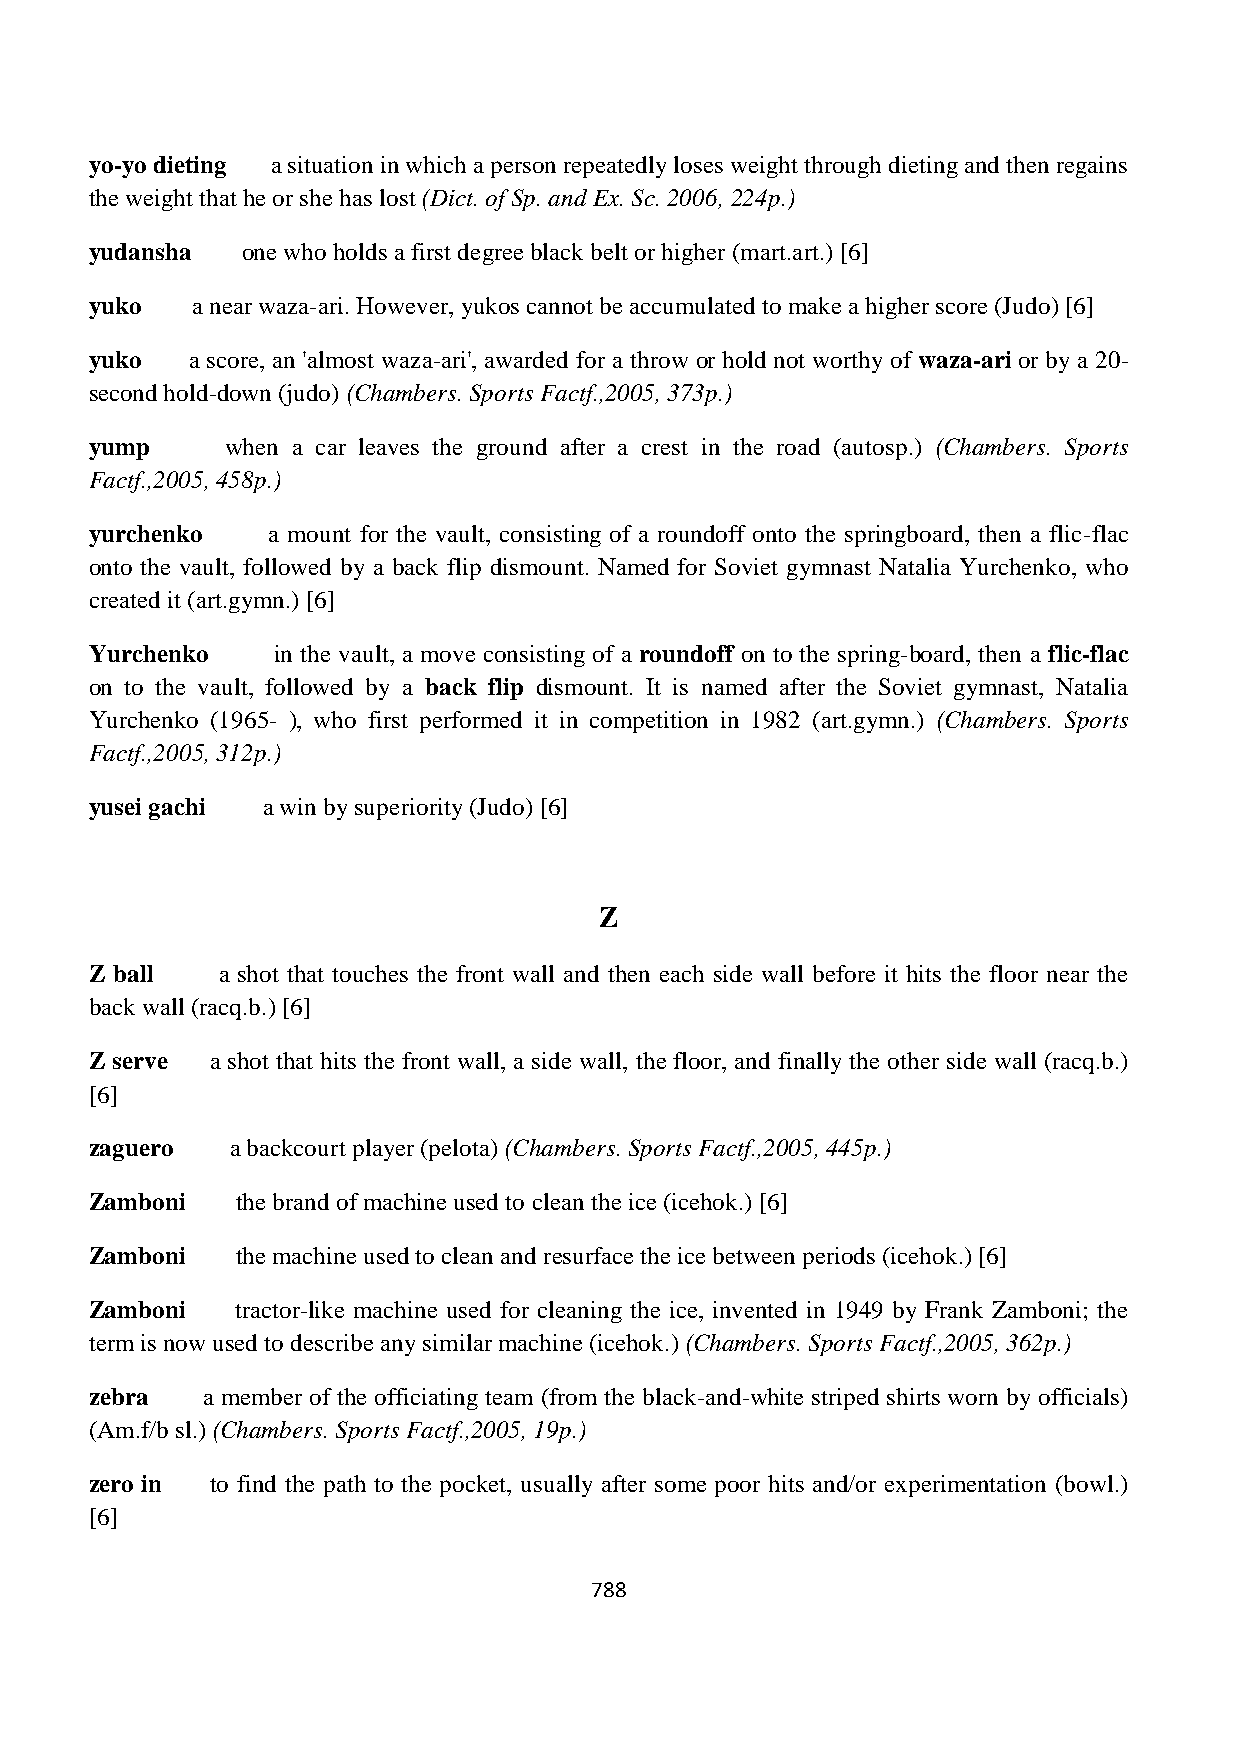
yo-yo dieting a situation in which a person repeatedly loses weight through dieting and then regains
 the weight that he or she has lost (Dict. of Sp. and Ex. Sc. 2006, 224p.)
 yudansha  one who holds a first degree black belt or higher (mart.art.) [6]
 yuko   a near waza-ari. However, yukos cannot be accumulated to make a higher score (Judo) [6]
 yuko   a score, an 'almost waza-ari', awarded for a throw or hold not worthy of waza-ari or by a 20-
 second hold-down (judo) (Chambers. Sports Factf.,2005, 373p.)
 yump     when a car leaves the ground after a crest in the road (autosp.) (Chambers. Sports
 Factf.,2005, 458p.)
 yurchenko   a mount for the vault, consisting of a roundoff onto the springboard, then a flic-flac
 onto the vault, followed by a back flip dismount. Named for Soviet gymnast Natalia Yurchenko, who
 created it (art.gymn.) [6]
 Yurchenko   in the vault, a move consisting of a roundoff on to the spring-board, then a flic-flac
 on to the vault, followed by a back flip dismount. It is named after the Soviet gymnast, Natalia
 Yurchenko (1965- ), who first performed it in competition in 1982 (art.gymn.) (Chambers. Sports
 Factf.,2005, 312p.)
 yusei gachi a win by superiority (Judo) [6]
 Z
 Z ball  a shot that touches the front wall and then each side wall before it hits the floor near the
 back wall (racq.b.) [6]
 Z serve a shot that hits the front wall, a side wall, the floor, and finally the other side wall (racq.b.)
 [6]
 zaguero  a backcourt player (pelota) (Chambers. Sports Factf.,2005, 445p.)
 Zamboni   the brand of machine used to clean the ice (icehok.) [6]
 Zamboni   the machine used to clean and resurface the ice between periods (icehok.) [6]
 Zamboni   tractor-like machine used for cleaning the ice, invented in 1949 by Frank Zamboni; the
 term is now used to describe any similar machine (icehok.) (Chambers. Sports Factf.,2005, 362p.)
 zebra  a member of the officiating team (from the black-and-white striped shirts worn by officials)
 (Am.f/b sl.) (Chambers. Sports Factf.,2005, 19p.)
 zero in to find the path to the pocket, usually after some poor hits and/or experimentation (bowl.)
 [6]
 788